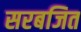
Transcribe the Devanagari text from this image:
सरबजित